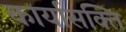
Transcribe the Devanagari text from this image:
कार्यासक्ति